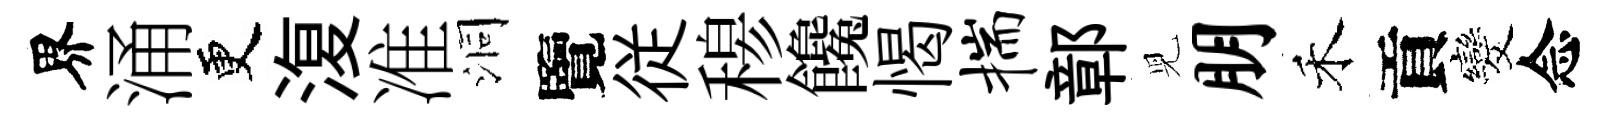
界涌更𣸪准洞覽従𥠇饞愒揣鄣児朋禾貢发念